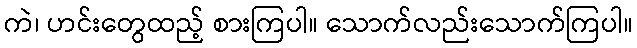
ကဲ၊ ဟင်းတွေထည့် စားကြပါ။ သောက်လည်းသောက်ကြပါ။